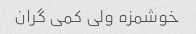
خوشمزه ولی کمی گران